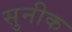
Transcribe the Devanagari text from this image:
सुनीक